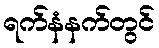
ရက်နံနက်တွင်